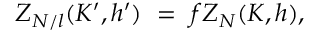
Z _ { N / l } ( K ^ { \prime } , h ^ { \prime } ) \ = \ f Z _ { N } ( K , h ) ,